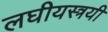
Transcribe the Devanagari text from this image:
लघीयस्त्रयी